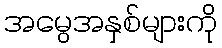
အမွေအနှစ်များကို